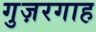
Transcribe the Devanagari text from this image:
गुज़रगाह